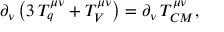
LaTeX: \partial _ { \nu } \left( 3 \, { \cal T } _ { q } ^ { \mu \nu } + { \cal T } _ { V } ^ { \mu \nu } \right) = \partial _ { \nu } \, { \cal T } _ { C M } ^ { \mu \nu } ,